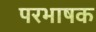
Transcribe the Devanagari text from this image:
परभाषक